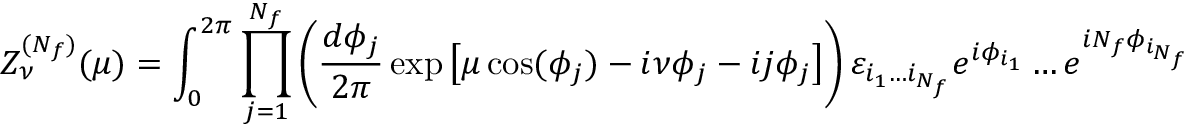
{ \cal Z } _ { \nu } ^ { ( N _ { f } ) } ( \mu ) = \int _ { 0 } ^ { 2 \pi } \prod _ { j = 1 } ^ { N _ { f } } \left( \frac { d \phi _ { j } } { 2 \pi } \exp \left[ \mu \cos ( \phi _ { j } ) - i \nu \phi _ { j } - i j \phi _ { j } \right] \right) \varepsilon _ { i _ { 1 } \ldots i _ { N _ { f } } } e ^ { i \phi _ { i _ { 1 } } } \ldots e ^ { i N _ { f } \phi _ { i _ { N _ { f } } } } \; ,